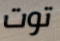
توت